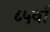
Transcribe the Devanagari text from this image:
८५वाँ